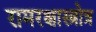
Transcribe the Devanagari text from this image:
रामरक्षास्त्रोत्र